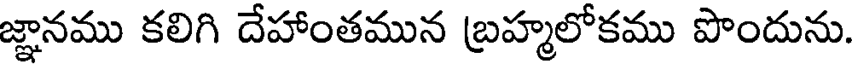
జ్ఞానము కలిగి దేహాంతమున బ్రహ్మలోకము పొందును.